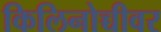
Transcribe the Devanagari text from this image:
किलिनोच्चीवर